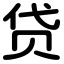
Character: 贷